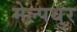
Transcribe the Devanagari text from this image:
मेल्पथुर